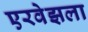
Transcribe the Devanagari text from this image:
एरवेझला